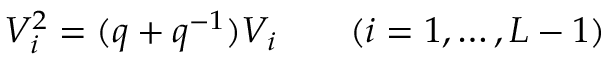
V _ { i } ^ { 2 } = ( q + q ^ { - 1 } ) V _ { i } \qquad ( i = 1 , \ldots , L - 1 )